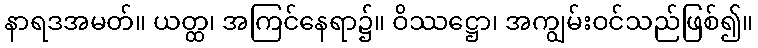
နာရဒအမတ်။ ယတ္ထ၊ အကြင်နေရာ၌။ ဝိဿဋ္ဌော၊ အကျွမ်းဝင်သည်ဖြစ်၍။